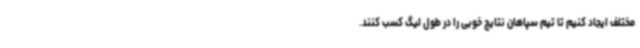
مختلف ایجاد کنیم تا تیم سپاهان نتایج خوبی را در طول لیگ کسب کنند.